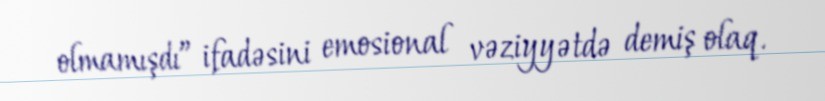
olmamışdı” ifadəsini emosional vəziyyətdə demiş olaq.